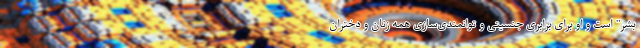
بشر" است و او برای برابری جنسیتی و توانمندی‌سازی همه زنان و دختران